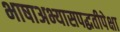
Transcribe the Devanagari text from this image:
भाषाअभ्यासपद्धतीपेक्षा